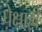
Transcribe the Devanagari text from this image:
पे़क्षाही